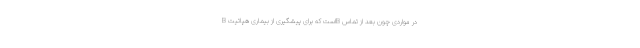
B است که برای پیشگیری از بیماری هپاتیتB در مواردی چون بعد از تماس